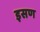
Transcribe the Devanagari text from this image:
इसण